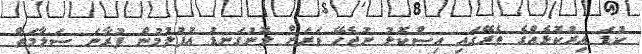
ކުޑަ އިރުކޮޅެއްގެ ތެރޭގައި އިސްކޮޅު ނުޖެހޭ ވަރަށް ލޮނުގަނޑު އުފުލުމުން ފުރާނަ ސަލާމަތް